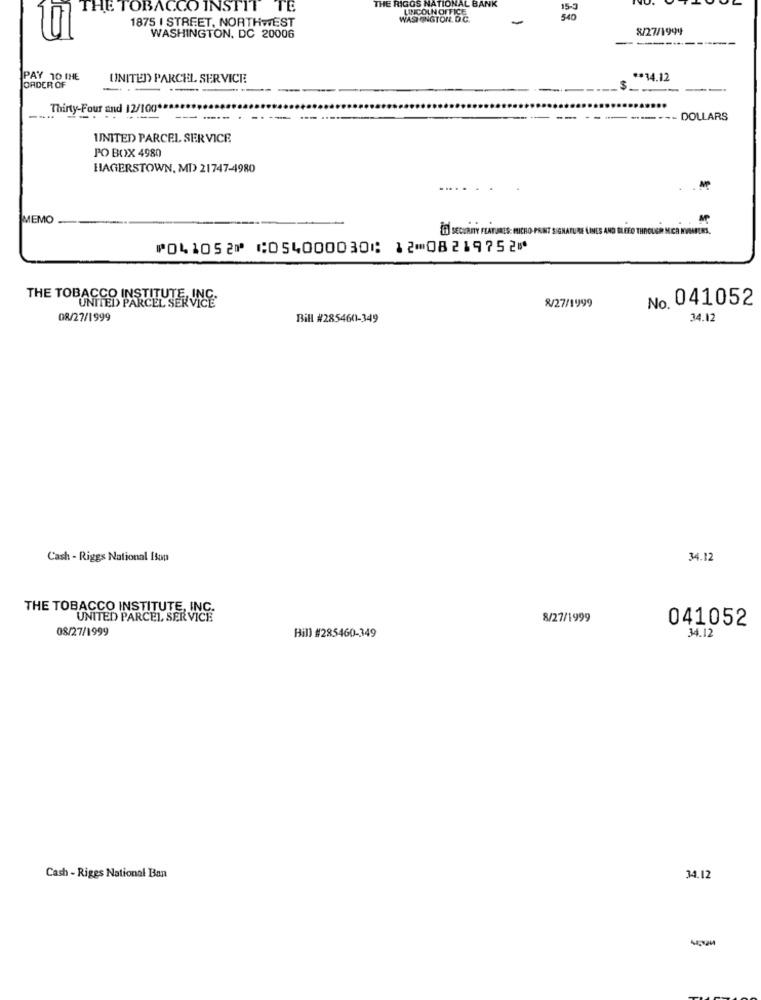
THE RIGGS NATIONAL BANK
THE TOBACCO INSTIT TE
LINCOLN OFFICE
15-3
WASHINGTON. D.C.
540
1875 I STREET, NORTHWEST
8/27/1999
WASHINGTON, DC 20006
PAY 10 THE
UNITED PARCEL SERVICE
** 34.12
ORDER OF
- -
Thirty-Four and 12/100 **
------ DOLLARS
UNITED PARCEL SERVICE
PO BOX 4980
HAGERSTOWN, MD) 21747-4980
MEMO
İD SECURITY FEATURES: MICRO PRINT SIGNATURE LINES AND BLEED THROUGH MICA MUSAFEES.
⑈041052⑈ ⑆054000030⑆ 12⑉08219752⑈
THE TOBACCO INSTITUTE, !!
8/27/1999
No. 041052
08/27/1999
Bill #2854601-349
34.12
Cash - Riggs National Isup
34.12
THE TOBACCO INSTITUTE, INC.
UNITED PARCEL SERVICE
8/27/1999
041052
08/27/1999
Hill #285460-349
34.12
Cash - Riges National Ban
34.12